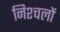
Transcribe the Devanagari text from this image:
निश्चलों